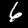
Label: 6